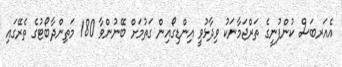
އެއަރބަސް ކުންފުނީގެ ތަރްޖަމާނަކު ވިދާޅުވީ އިންޑިގޯއިން ގަތުމަށް ބޭނުންވާ 180 މަތިންދާބޯޓުގެ ތެރޭގައި